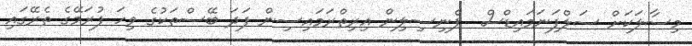
މިސާލަކަށް ސަލްފަނަމައިޑްސް  ޕެނިސިލިން އިރިތްރަމައިސިން ފަދަ ބޭސްތަކުގެ ވިހަ ފުރަމޭގެ ތެރޭގައި